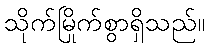
သိုက်မြိုက်စွာရှိသည်။